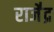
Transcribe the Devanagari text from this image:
राजे॑द्र